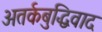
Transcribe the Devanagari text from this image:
अतर्कबुद्धिवाद